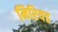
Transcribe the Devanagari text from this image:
मिरियड